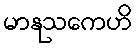
မာနုသကေဟိ